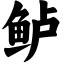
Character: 鲈